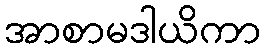
အာစာမဒါယိကာ